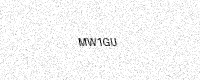
Text: MW1GU